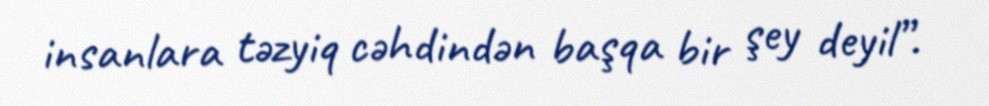
insanlara təzyiq cəhdindən başqa bir şey deyil”.